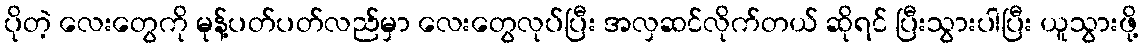
ပိုတဲ့ လေးတွေကို မုန့်ပတ်ပတ်လည်မှာ လေးတွေလုပ်ပြီး အလှဆင်လိုက်တယ် ဆိုရင် ပြီးသွားပါပြီး ယူသွားဖို့